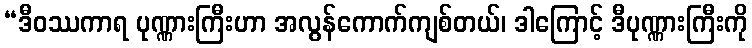
“ဒီဝဿကာရ ပုဏ္ဏားကြီးဟာ အလွန်ကောက်ကျစ်တယ်၊ ဒါကြောင့် ဒီပုဏ္ဏားကြီးကို